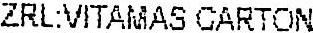
ZRL:VITAMAS CARTON